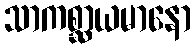
သာကစ္ဆာယမာနော